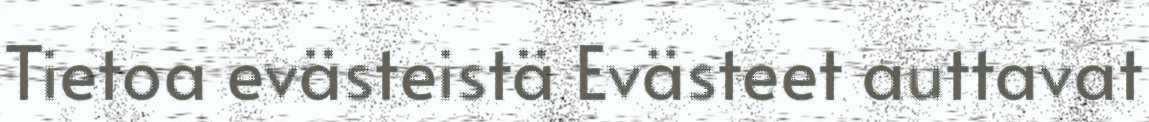
Tietoa evästeistä Evästeet auttavat